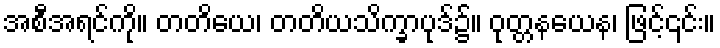
အစီအရင်ကို။ တတိယေ၊ တတိယသိက္ခာပုဒ်၌။ ဝုတ္တနယေန၊ ဖြင့်၎င်း။